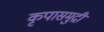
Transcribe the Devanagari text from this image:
कृपासमुद्री